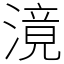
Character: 滰